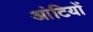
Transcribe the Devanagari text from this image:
आंटियों